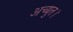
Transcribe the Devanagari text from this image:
अच्युत।